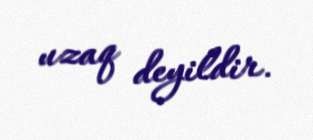
uzaq deyildir.